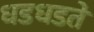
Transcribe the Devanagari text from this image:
धडधडते